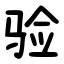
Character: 验